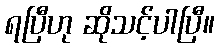
ရပြီဟု ဆိုသင့်ပါပြီ။